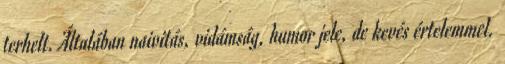
terhelt. Általában naivitás, vidámság, humor jele, de kevés értelemmel.